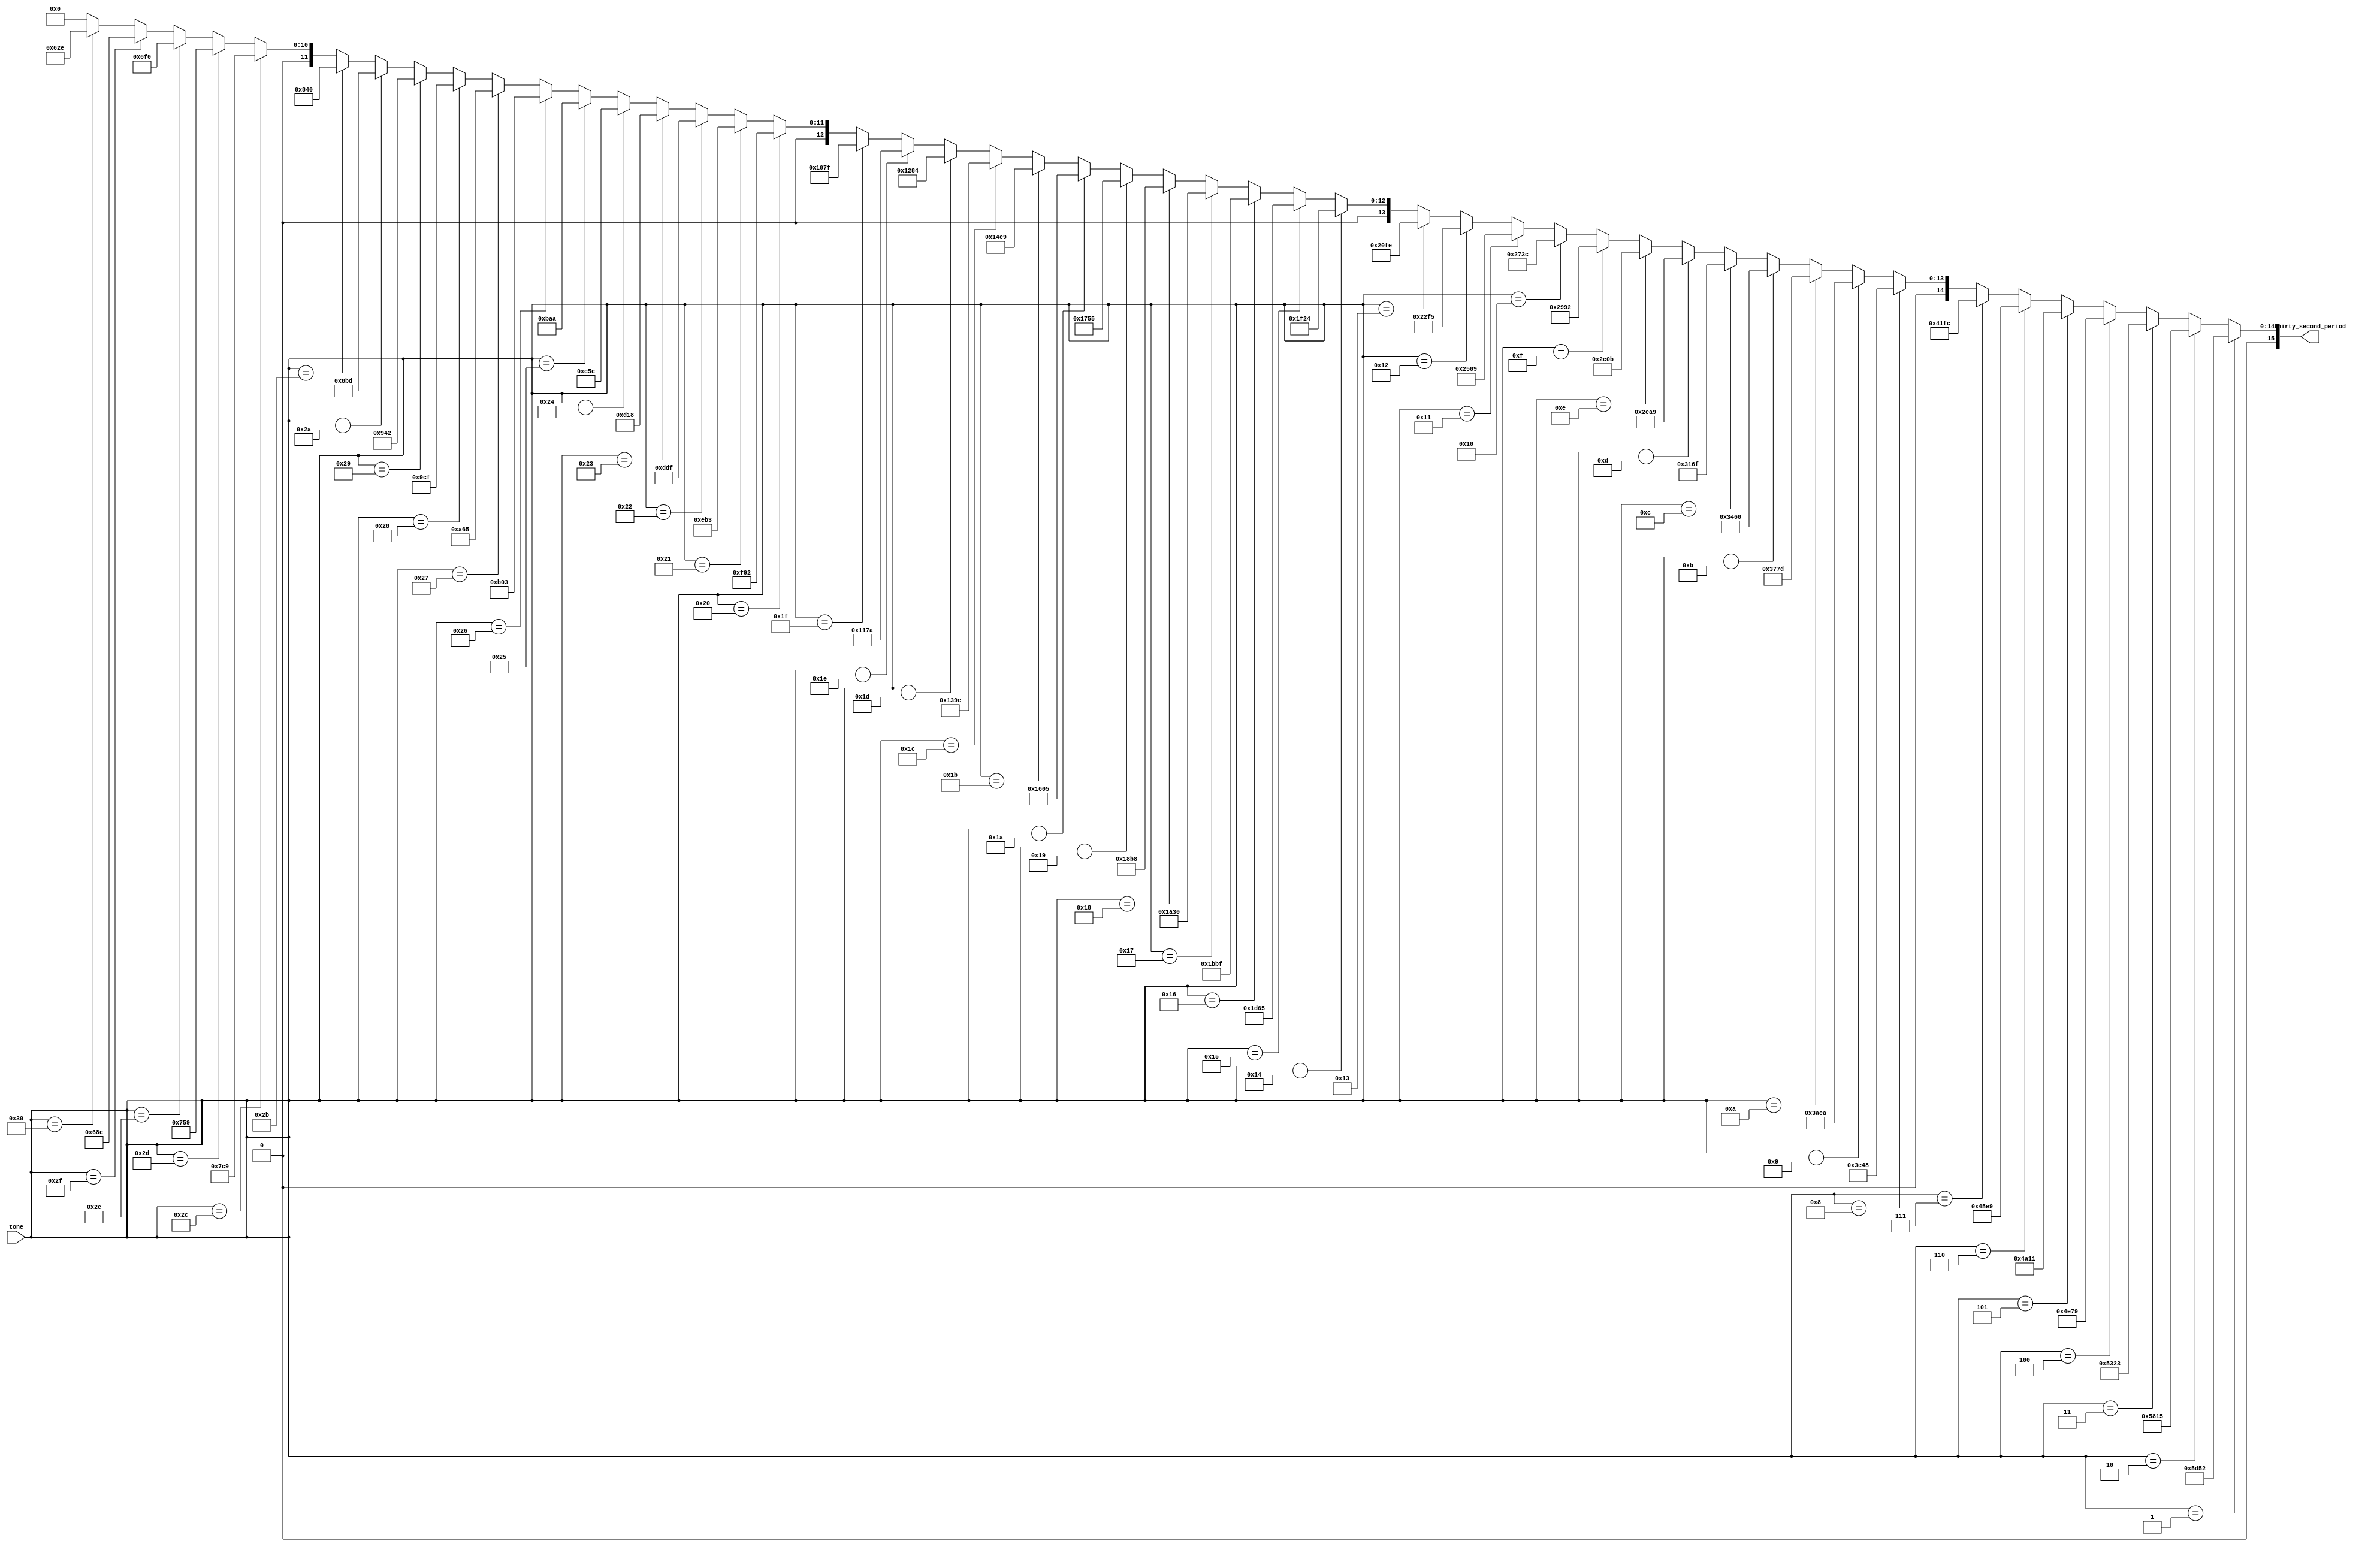
module tone_lut32 (input [5:0] tone, output [15:0] thirty_second_period);
	
	//these constants define the number of 100Mhz cycles needed to emulate each note frequency, divided by 32 to get
	//a 32th of  the waveform, to use PWM accurately
	parameter
				C3  = 16'd23890,
				C3S = 16'd22549,
				D3  = 16'd21283,
				D3S = 16'd20089,
				E3  = 16'd18961,
				F3  = 16'd17897,
				F3S = 16'd16892,
				G3  = 16'd15944,
				G3S = 16'd15050,
				A3  = 16'd14205,
				A3S = 16'd13408,
				B3  = 16'd12655,
				
				C4  = 16'd11945,
				C4S = 16'd11275,
				D4  = 16'd10642,
				D4S = 16'd10044,
				E4  = 16'd9481,
				F4  = 16'd8949,
				F4S = 16'd8446,
				G4  = 16'd7972,
				G4S = 16'd7525,
				A4  = 16'd7103,
				A4S = 16'd6704,
				B4  = 16'd6328,
				
				C5  = 16'd5973,
				C5S = 16'd5637,
				D5  = 16'd5321,
				D5S = 16'd5022,
				E5  = 16'd4740,
				F5  = 16'd4474,
				F5S = 16'd4223,
				G5  = 16'd3986,
				G5S = 16'd3763,
				A5  = 16'd3551,
				A5S = 16'd3352,
				B5  = 16'd3164,
				
				C6  = 16'd2986,
				C6S = 16'd2819,
				D6  = 16'd2661,
				D6S = 16'd2511,
				E6  = 16'd2370,
				F6  = 16'd2237,
				F6S = 16'd2112,
				G6  = 16'd1993,
				G6S = 16'd1881,
				A6  = 16'd1776,
				A6S = 16'd1676,
				B6  = 16'd1582;
				
	assign thirty_second_period =
										 /*(tone == 6'd0)  rest */
									   (tone == 6'd1)  ? C3  :
									   (tone == 6'd2)  ? C3S :
									   (tone == 6'd3)  ? D3  :
										(tone == 6'd4)  ? D3S :
										(tone == 6'd5)  ? E3  :
										(tone == 6'd6)  ? F3  :
										(tone == 6'd7)  ? F3S :
										(tone == 6'd8)  ? G3  :
										(tone == 6'd9)  ? G3S :
										(tone == 6'd10)  ? A3  :
										(tone == 6'd11) ? A3S :
										(tone == 6'd12) ? B3  :
									
										(tone == 6'd13) ? C4  :
										(tone == 6'd14) ? C4S :
										(tone == 6'd15) ? D4  :
										(tone == 6'd16) ? D4S :
										(tone == 6'd17) ? E4  :
										(tone == 6'd18) ? F4  :
										(tone == 6'd19) ? F4S :
										(tone == 6'd20) ? G4  :
										(tone == 6'd21) ? G4S :
										(tone == 6'd22) ? A4  :
										(tone == 6'd23) ? A4S :
										(tone == 6'd24) ? B4  :
									
										(tone == 6'd25) ? C5  :
										(tone == 6'd26) ? C5S :
										(tone == 6'd27) ? D5  :
										(tone == 6'd28) ? D5S :
										(tone == 6'd29) ? E5  :
										(tone == 6'd30) ? F5  :
										(tone == 6'd31) ? F5S :
										(tone == 6'd32) ? G5  :
										(tone == 6'd33) ? G5S :
										(tone == 6'd34) ? A5  :
										(tone == 6'd35) ? A5S :
										(tone == 6'd36) ? B5  :
									 
										(tone == 6'd37) ? C6  :
										(tone == 6'd38) ? C6S :
										(tone == 6'd39) ? D6  :
										(tone == 6'd40) ? D6S :
										(tone == 6'd41) ? E6  :
										(tone == 6'd42) ? F6  :
										(tone == 6'd43) ? F6S :
										(tone == 6'd44) ? G6  :
										(tone == 6'd45) ? G6S :
										(tone == 6'd46) ? A6  :
										(tone == 6'd47) ? A6S :
										(tone == 6'd48) ? B6  :
										/*tone undefined*/  0 ;

endmodule